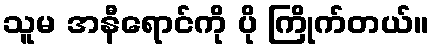
သူမ အနီရောင်ကို ပို ကြိုက်တယ်။